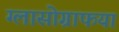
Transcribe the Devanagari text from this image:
ग्लासोग्राफया